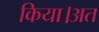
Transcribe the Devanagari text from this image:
किया।अत